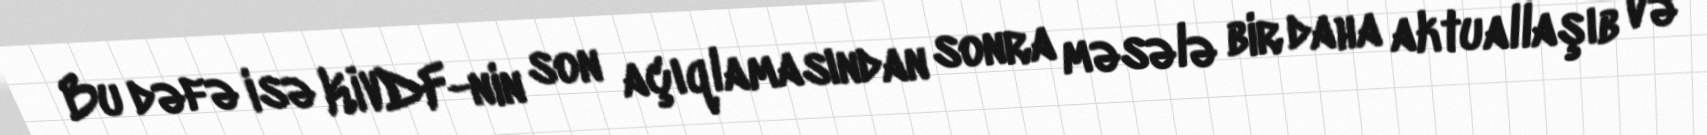
Bu dəfə isə KİVDF-nin son açıqlamasından sonra məsələ bir daha aktuallaşıb və